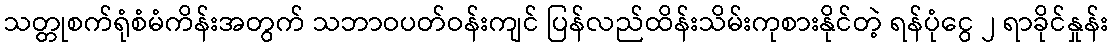
သတ္တုစက်ရုံစံမံကိန်းအတွက် သဘာဝပတ်ဝန်းကျင် ပြန်လည်ထိန်းသိမ်းကုစားနိုင်တဲ့ ရန်ပုံငွေ ၂ ရာခိုင်နှုန်း